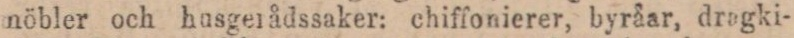
möbler och husgeiådssaker: chiffonierer, byråar, dragki-